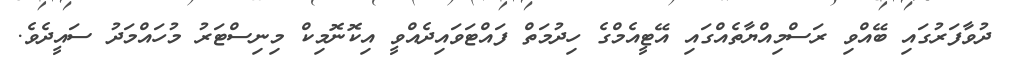
ދުވާފަރުގައި ބޭއްވި ރަސްމިއްޔާތެއްގައި އޭޓީއެމްގެ ހިދުމަތް ފައްޓަވައިދެއްވީ އިކޮނޮމިކް މިނިސްޓަރު މުހައްމަދު ސައީދެވެ.